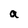
Character: a